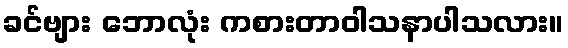
ခင်ဗျား ဘောလုံး ကစားတာဝါသနာပါသလား။